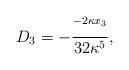
LaTeX: \begin{align*}D_3=-\frac{^{-2\kappa x_3}}{32\kappa^5},\end{align*}